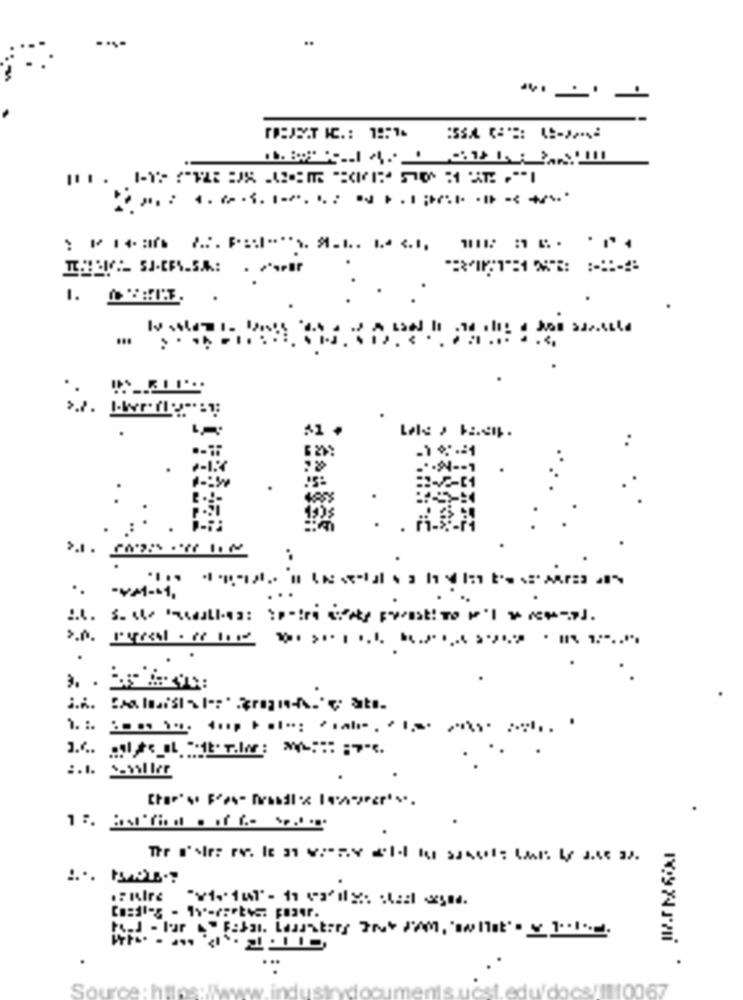
---
.
-1 ***= 1
..
:
..
.. .
...
inde
Source: h!
učstedt